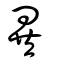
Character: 異